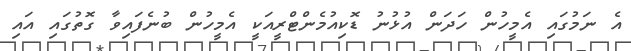
އެ ނަމުގައި އެމީހުން ހަދަން އުޅުނު ޑޮކިއުމެންޓްރީއަކީ އެމީހުން ބުނެފައިވާ ގޮތުގައި އައި